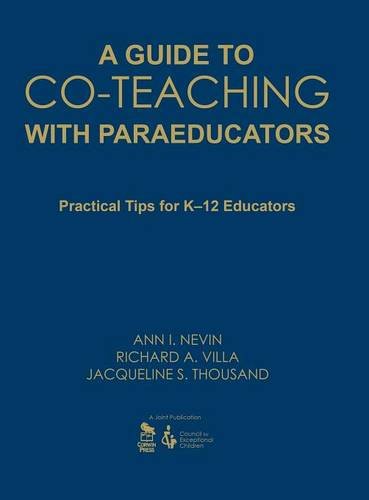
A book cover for A Guide to Co-Teaching With Paraeducators: Practical Tips for K-12 Educators; Ann I. Nevin; Health, Fitness & Dieting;